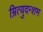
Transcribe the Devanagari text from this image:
म्रित्युदन्शम